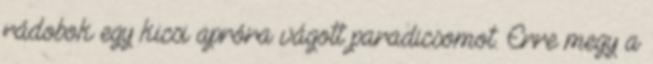
rádobok egy kicsi apróra vágott paradicsomot. Erre megy a